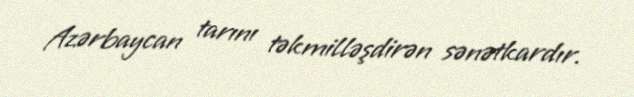
Azərbaycan tarını təkmilləşdirən sənətkardır.